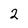
Character: 2